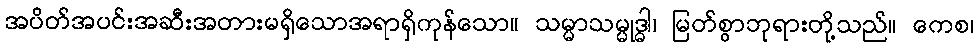
အပိတ်အပင်းအဆီးအတားမရှိသောအရာရှိကုန်သော။ သမ္မာသမ္မုဒ္ဓါ၊ မြတ်စွာဘုရားတို့သည်။ ကေစ၊